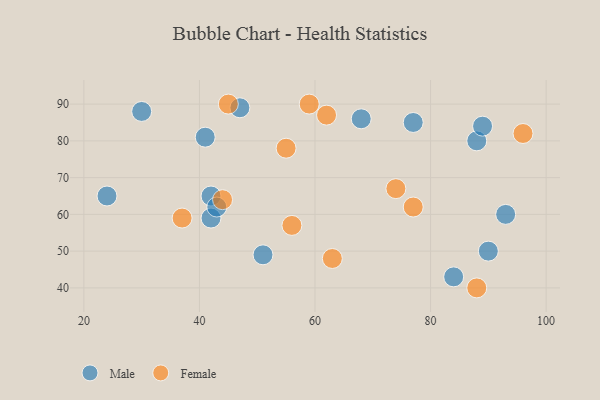
{"axis": {"x": "GDP", "y": "Life Expectancy"}, "legend": ["Female", "Male"], "data": [{"x": "77", "y": 85, "type": "Male"}, {"x": "88", "y": 80, "type": "Male"}, {"x": "47", "y": 89, "type": "Male"}, {"x": "42", "y": 65, "type": "Male"}, {"x": "68", "y": 86, "type": "Male"}, {"x": "93", "y": 60, "type": "Male"}, {"x": "89", "y": 84, "type": "Male"}, {"x": "30", "y": 88, "type": "Male"}, {"x": "90", "y": 50, "type": "Male"}, {"x": "42", "y": 59, "type": "Male"}, {"x": "51", "y": 49, "type": "Male"}, {"x": "24", "y": 65, "type": "Male"}, {"x": "41", "y": 81, "type": "Male"}, {"x": "43", "y": 62, "type": "Male"}, {"x": "84", "y": 43, "type": "Male"}, {"x": "59", "y": 90, "type": "Female"}, {"x": "88", "y": 40, "type": "Female"}, {"x": "96", "y": 82, "type": "Female"}, {"x": "56", "y": 57, "type": "Female"}, {"x": "63", "y": 48, "type": "Female"}, {"x": "45", "y": 90, "type": "Female"}, {"x": "55", "y": 78, "type": "Female"}, {"x": "77", "y": 62, "type": "Female"}, {"x": "37", "y": 59, "type": "Female"}, {"x": "62", "y": 87, "type": "Female"}, {"x": "44", "y": 64, "type": "Female"}, {"x": "74", "y": 67, "type": "Female"}]}